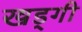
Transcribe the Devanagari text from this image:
खड्गी